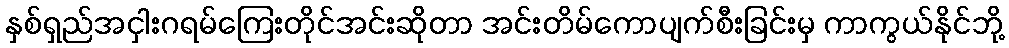
နှစ်ရှည်အငှါးဂရမ်ကြေးတိုင်အင်းဆိုတာ အင်းတိမ်ကောပျက်စီးခြင်းမှ ကာကွယ်နိုင်ဘို့